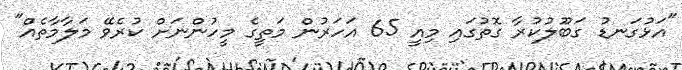
"އަޅުގަނޑު ގަބޫލުކުރާ ގޮތުގައި މިއީ 65 އަހަރުން މަތީގެ މީހުންނަށް ކުރެވޭ މަލާމާތެއް"